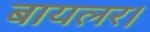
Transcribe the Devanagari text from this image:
बायलर।